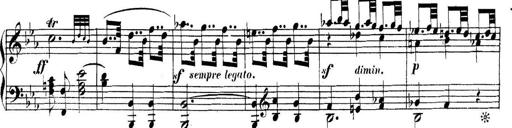
Title: Collected Piano Sonatas
Composer: Muzio Clementi